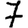
Digit: 7